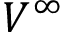
V ^ { \infty }